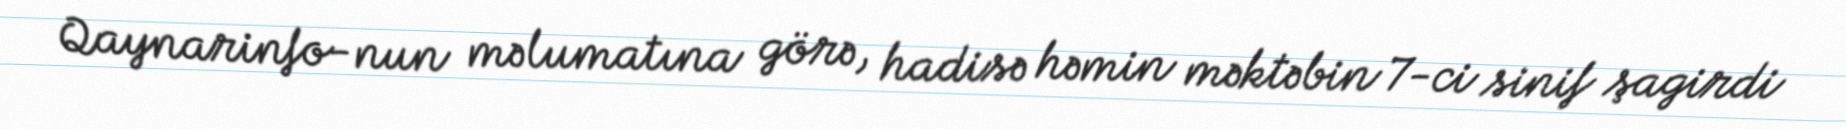
Qaynarinfo-nun məlumatına görə, hadisə həmin məktəbin 7-ci sinif şagirdi